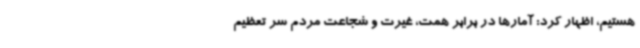
هستیم، اظهار کرد: آمارها در برابر همت، غیرت و شجاعت مردم سر تعظیم